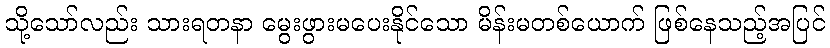
သို့သော်လည်း သားရတနာ မွေးဖွားမပေးနိုင်သော မိန်းမတစ်ယောက် ဖြစ်နေသည့်အပြင်